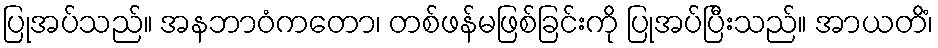
ပြုအပ်သည်။ အနဘာဝံကတော၊ တစ်ဖန်မဖြစ်ခြင်းကို ပြုအပ်ပြီးသည်။ အာယတိံ၊